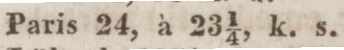
Paris 24, à 23 1/4, k. s.